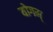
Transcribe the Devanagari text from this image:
योगम्